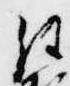
経